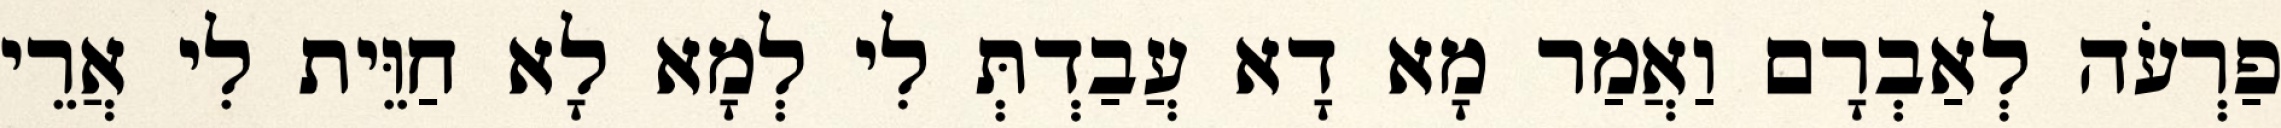
פַרְעֹה לְאַבְרָם וַאֲמַר מָא דָא עֲבַדְתְּ לִי לְמָא לָא חַוֵּית לִי אֲרֵי